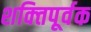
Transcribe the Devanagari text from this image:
शक्‍तिपूर्वक